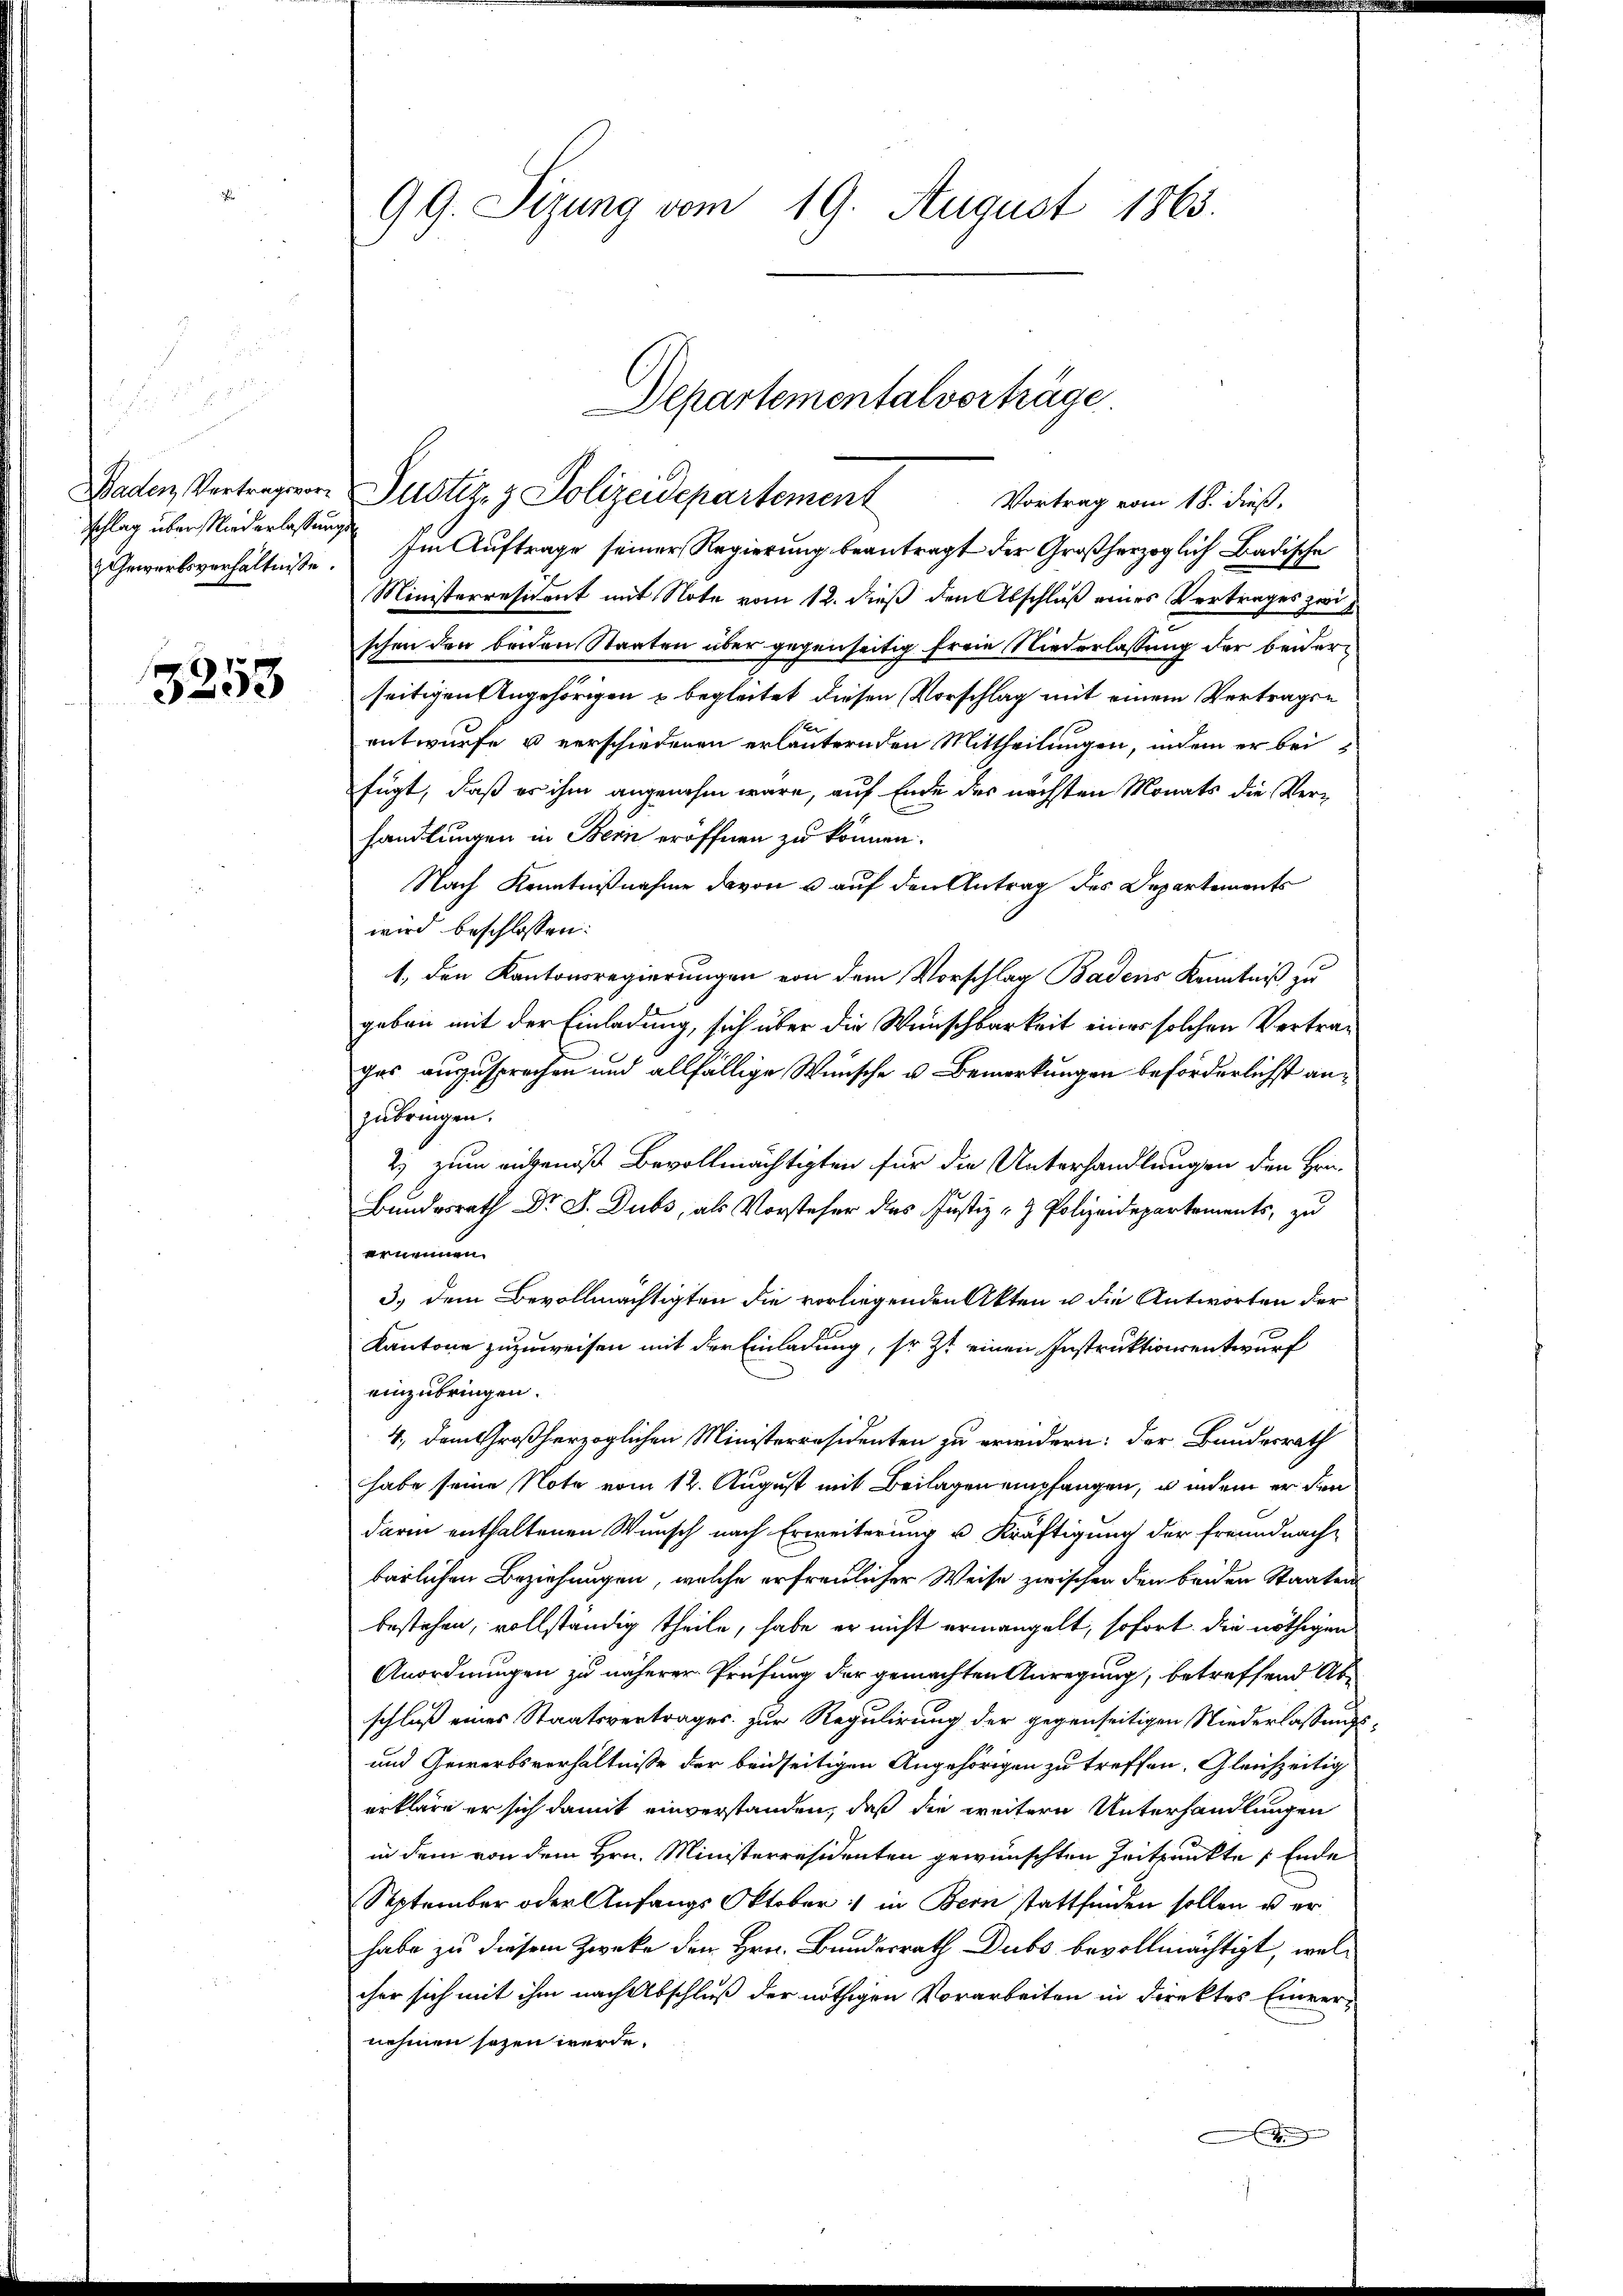
Baden, Vertragsvor¬
Schlag über Niederlassungs¬
Gewerbsverhältnisse

3253

99. Sizung vom 19. August 1863.

Departementalverträge.
Justiz- & Polizeidepartement

Vortrag vom 18. dieß,
Im Auftrage seiner Regierung beantragt der Großherzoglich Badische
Ministerresident mit Note vom 12. dieß den Abschluß eines Vertrages zwischen den beiden Staaten über gegenseitig freie Niederlassung der beiderseitigen Angehörigen & begleitet diesen Vorschlag mit einem Vertragen
entwurfe u verschiedenen erläuternden Mittheilungen, indem er bei
fügt, daß es ihm angenehm wäre, auf Ende des nächsten Monats die Verhandlungen in Bern eröffnen zu können.
Nach Kenntnißnahme davon 6 auf den Antrag des Departements
wird beschlossen:
1., den Kantonsregierungen von dem Vorschlag Badens Kenntniß zu
geben mit der Einladung, sich über die Wunschbarkeit eines solchen Vertrages auszusprechen und allfällige Wünsche u. Bemerkungen beförderlichst anzubringen.
2) zum angenoß Bevollmächtigten für die Unterhandlungen den Hei¬
Bundesrath Dr. S. Dubs, als Vorsteher des Justiz- & Polizeidepartaments, zu
ernennen.
3.) Dem Bevollmächtigten die vorliegenden Akten u die Antworten der
Kantone zuzuweisen mit der Einladung, so zt einen Instruktionsentwurf
einzubringen.
4, dem Großherzoglichen Ministerräsidenten zu erwidern: der Bundesrath
habe seine Note vom 12. August mit Beilagen empfangen, u indem er den
darin enthaltenen Wunsch nach Erweiterung u Kräftigung der Freundnach-
bärlichen Beziehungen, welche erfreulicher Weise zwischen den beiden Staaten
bestehen, vollständig theile, habe er nicht ermangelt, sofort die nöthigen
Anordnungen zu näherer Prüfung der gemachten Anregung, betreffend Abschluß eines Staatsvertrages zur Regulirung der gegenseitigen Niederlassungs¬
und Gewerbsverhältnisse der beidseitigen Angehörigen zu treffen. Gleichzeitig
erkläre er sich damit einverstanden, daß die weitern Unterhandlungen
in dem von dem Hrn. Ministerresidenten gewünschten Zeitpunkte Ende
September oder Anfangs Oktober :/ in Bern stattfinden sollen u er
habe zu diesem Zwecke dem Hrn. Bundesrath Dubs bevollmächtigt, welher sich mit ihm nach Abschluß der nöthigen Vorarbeiten in direktes Einver-
nehmen sogen werde.
g